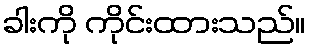
ခါးကို ကိုင်းထားသည်။